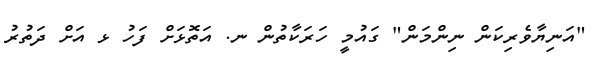
"އަނިޔާވެރިކަން ނިންމަން" ގައުމީ ހަރަކާތުން ނ. އަތޮޅަށް ފަހު ޅ އަށް ދަތުރު